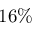
1 6 \%